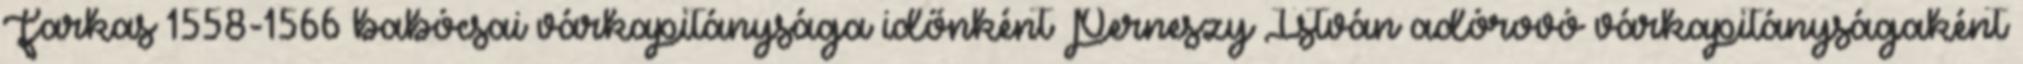
Farkas 1558-1566 babócsai várkapitánysága időnként Perneszy István adórovó várkapitányságaként